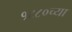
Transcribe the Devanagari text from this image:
१८८०च्या